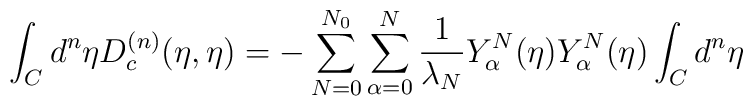
\int_{C}{d^n}{\eta}D_{c}^{(n)}(\eta,{\eta}) = -\sum_{N=0}^{N_0}\sum_{\alpha=0}^{N}\frac{1}{\lambda_N}Y_{\alpha}^N({\eta})Y_{\alpha}^N({\eta})\int_{C}{d^n}{\eta}